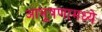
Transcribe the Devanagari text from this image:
आभूषणामध्ये